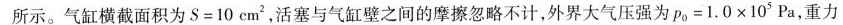
所示。气缸横截面积为$$S = 1 0 c m ^ { 2 }$$，活塞与气缸壁之间的摩擦忽略不计，外界大气压强为$$p _ { 0 } = 1 . 0 \times 1 0 5 P a$$，重力